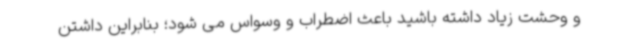
و وحشت زیاد داشته باشید باعث اضطراب و وسواس می شود؛ بنابراین داشتن